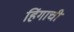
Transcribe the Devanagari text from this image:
हिंगाची